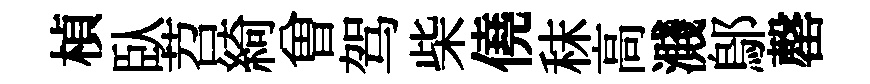
楨臥苕綺曽驾柴僥秣高濺鄔罄